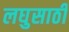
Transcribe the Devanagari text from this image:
लघुसाठी